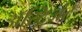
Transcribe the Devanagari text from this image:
अॅस्ट्रिंजंट